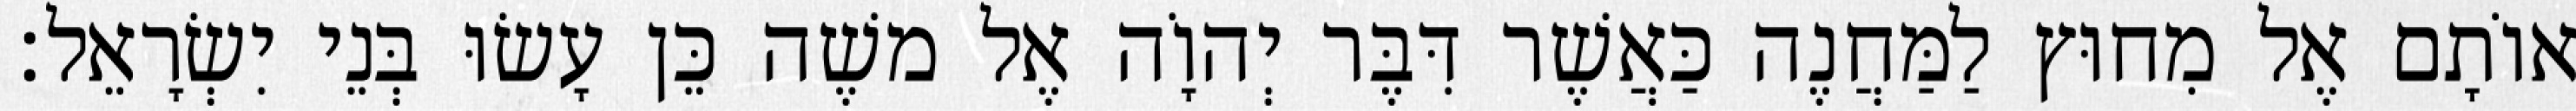
אוֹתָם אֶל מִחוּץ לַמַּחֲנֶה כַּאֲשֶׁר דִּבֶּר יְהוָֹה אֶל משֶׁה כֵּן עָשׂוּ בְּנֵי יִשְׂרָאֵל׃